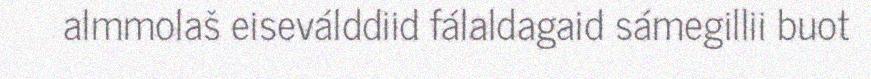
almmolaš eiseválddiid fálaldagaid sámegillii buot